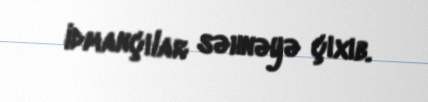
idmançılar səhnəyə çıxıb.